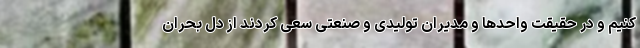
کنیم و در حقیقت واحدها و مدیران تولیدی و صنعتی سعی کردند از دل بحران